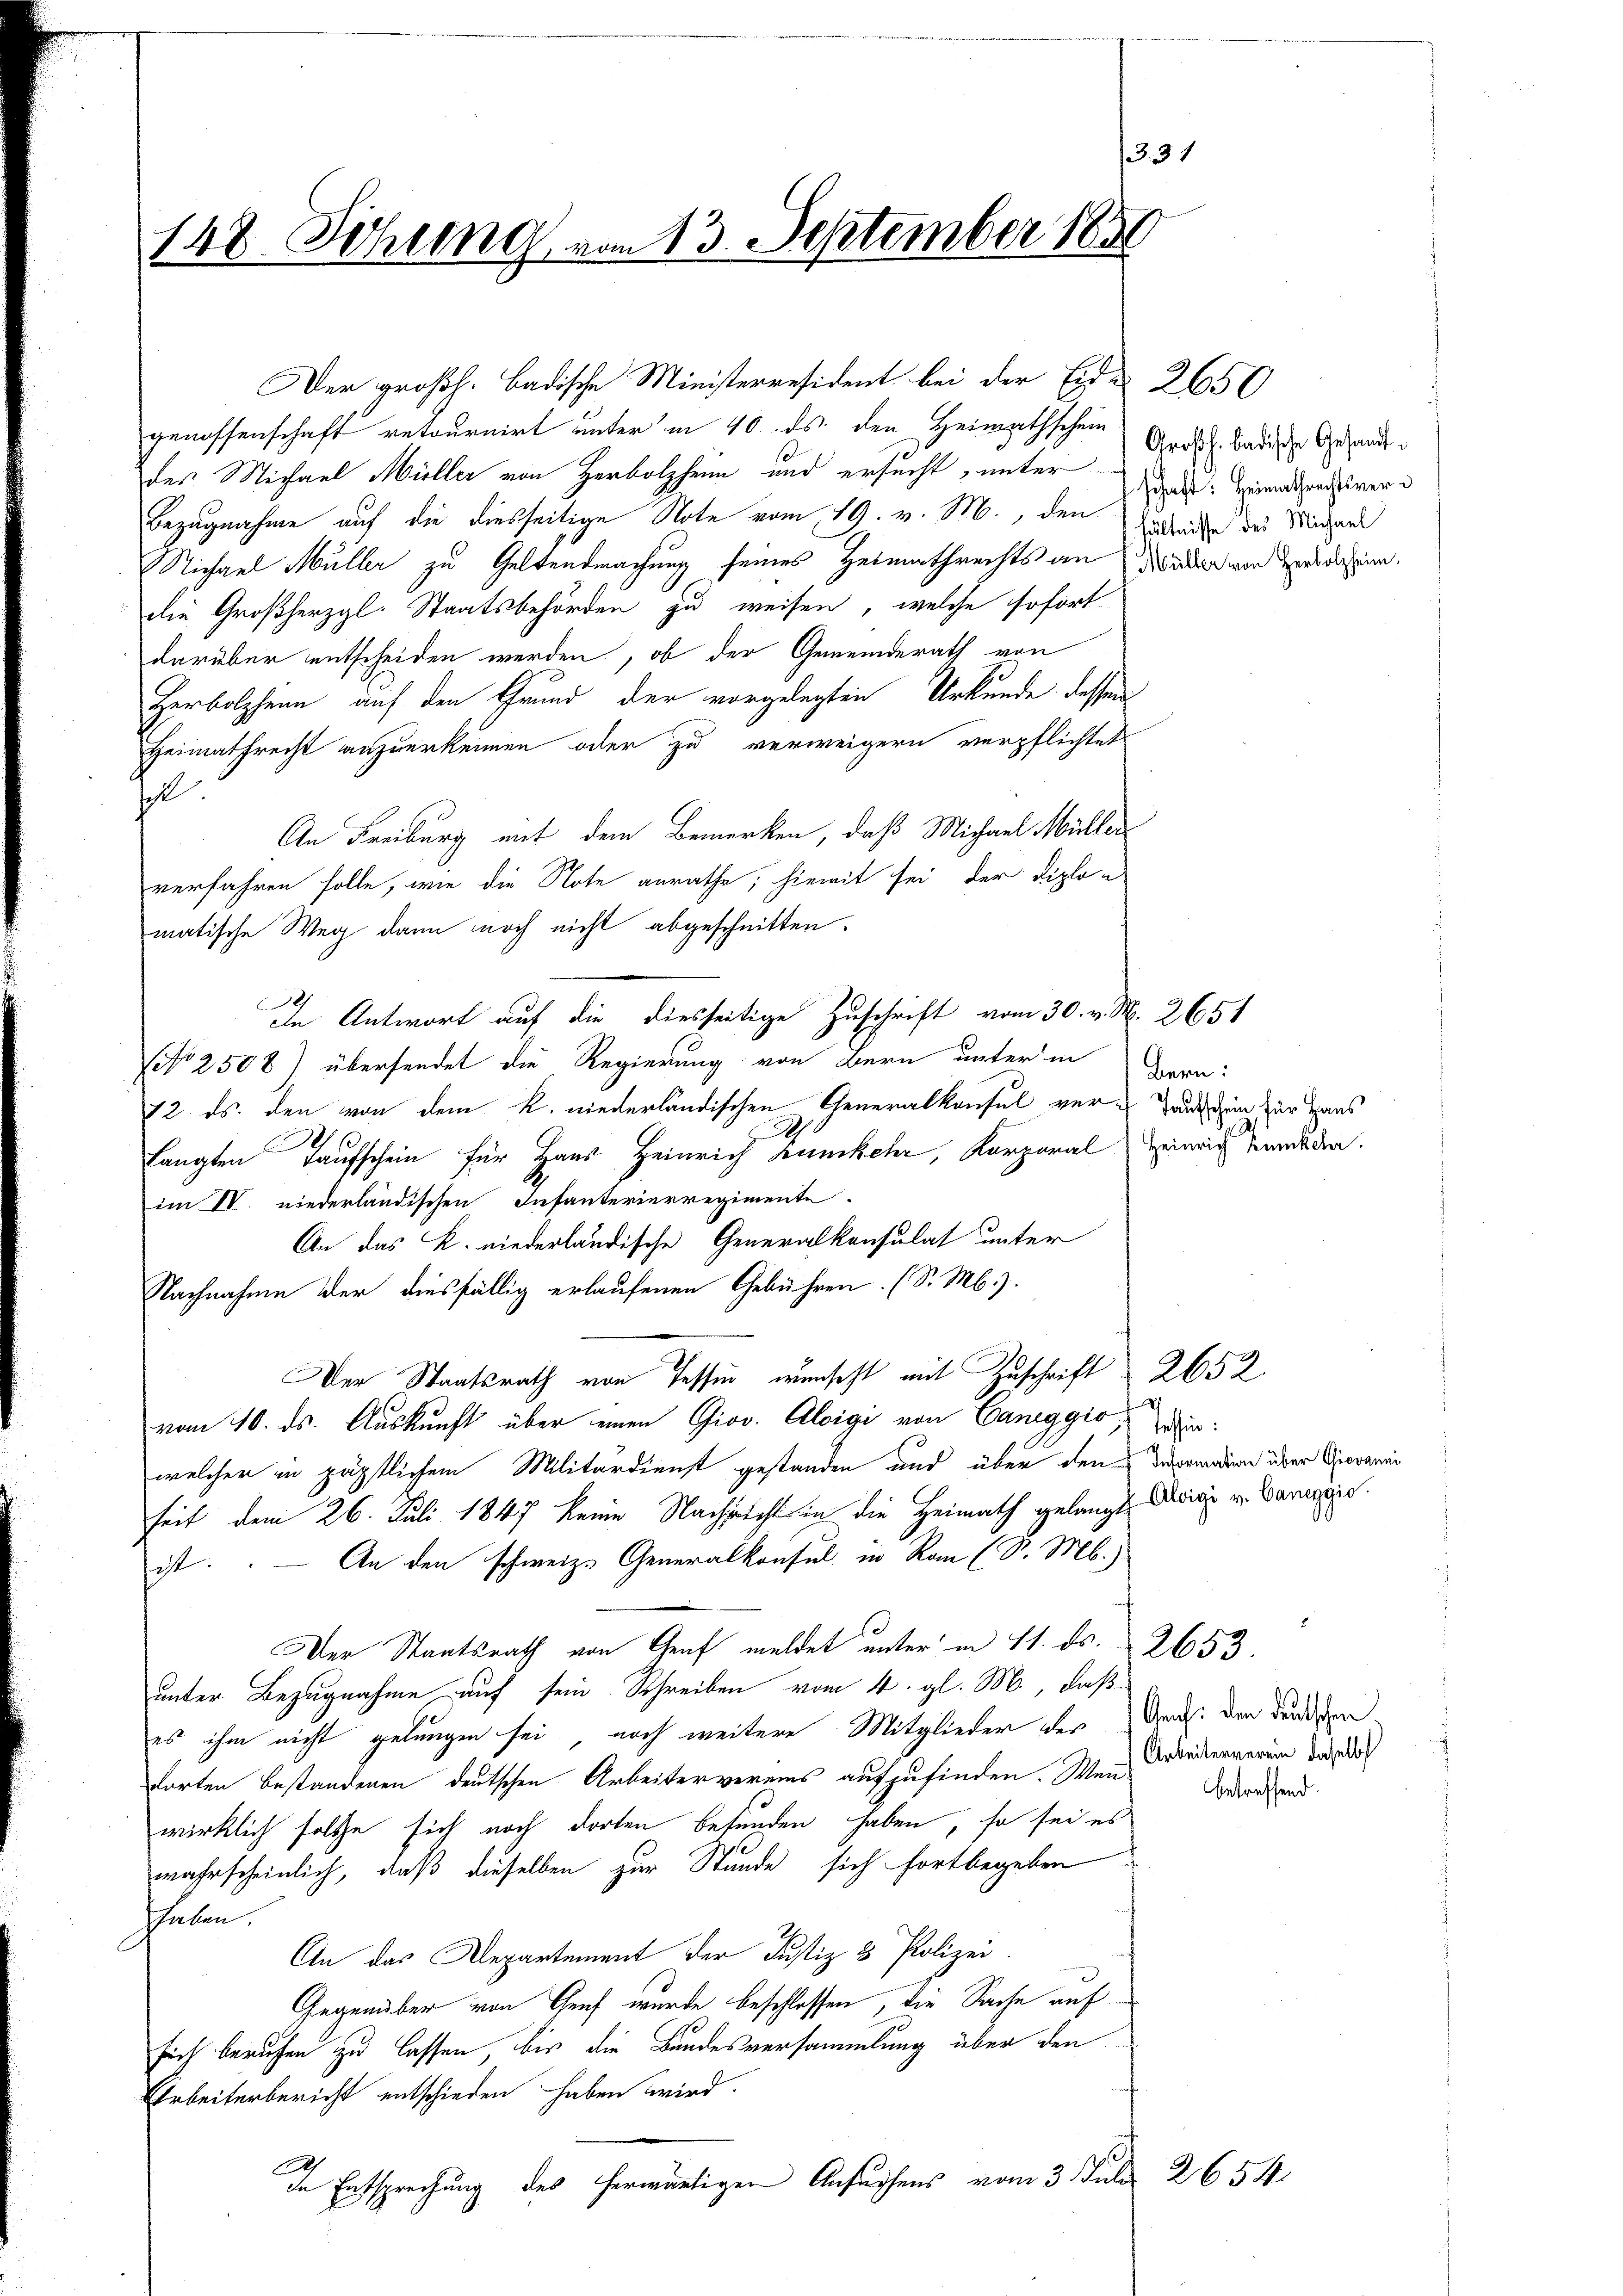
331
148. Sitzung vom 13. September 1850

genossenschaft retournirt unter in 10. ds. den Heimathschein Großh. Badische Gesandtdes Michael Müller von Herbolzheim und ersucht, unter
Bezugnahme auf die diesseitige Note vom 19. v. M., den Bedenden der Michael
Michael Müller zu Geltendmachung seines Heimathrechts an der von denn
die Großherzgl. Staatsbehörden zu weisen, welche sofortdarüber entscheiden werden, ob der Gemeinderath von
Herbolzhein auf den Grund der vorgelegten Urkunde dessen
Heimathrecht anzuerkennen oder zu verweigern verpflichtet
Ich.
An Freiburg mit dem Bemerken, daß Michael Müller
verfahren solle, wie die Note anrathe, hiemit sei der Diplomatische Weg dann noch nicht abgeschnitten.
In Antwort auf die diesseitige Zuschrift vom 30. v. M. 2651
NNo 2508) übersendet die Regierung von Bern unter in
72. ds. den von dem R. niederländischen Generalkonsul ver-Tanten zur Haus
.
u
langten Taufschein für Haus Heinrich Banckehr, Korporal Heinrich findeden.
im IV. niederländischen Infanterierregimente.
An das K. niederländische Generalkonsulat unter
Nachnahme der diesfällig erlaufenen Gebühren. (S. M.).
Der Staatsrath von Tessin wünscht mit Zuschrift 2652
vom 10. ds. Auskunft über einen Giov. Aloigi von Caneggior
welcher in päpstlichem Militärdienst gestanden und über den Deprendien über Piovanni
seit dem 26. Juli 1847 keine Nachsicht in die Heimath gelangte Desweg v. Banngre
ist. — An den schweiz. Generalkonsul in Ran (S. Mb.)
Der Staatsrath von Genf meldet unter in 11. ds. 2653.
unter Bezugnahme auf sein Schreiben vom 4. gl. M., daß
es ihm nicht gelungen sei, noch weitere Mitglieder der Durch den durchgendorten Bestandenen deutschen Arbeitervereins aufzufinden. Wenn Friederverein dadurch
wirklich solche sich noch dorten befunden haben, so sei es
wahrscheinlich, daß dieselben zur Stunde sich fortbegeben
Thaben.
An das Departement der Justiz & Polizei.
Gegenüber von Genf wurde beschlossen, die Sache auf
sich berufen zu lassen, bis die Bundesversammlung über den
Arbeiterbericht entschieden haben wird.
)
de Entsprechung des herwärtigen Ansuchens vom 3. Juli 2654.

Der großh. Badische Ministerresident bei der Eide 2650

schaft: Heimathrechtsver¬

Bern:

betreffend.